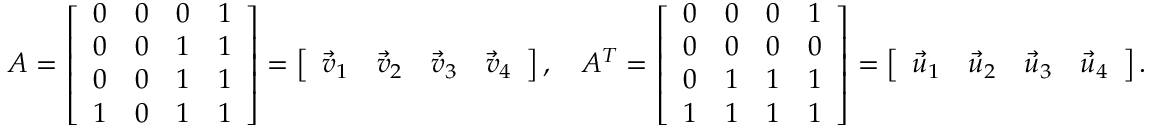
\begin{array} { r } { A = \left[ \begin{array} { l l l l } { 0 } & { 0 } & { 0 } & { 1 } \\ { 0 } & { 0 } & { 1 } & { 1 } \\ { 0 } & { 0 } & { 1 } & { 1 } \\ { 1 } & { 0 } & { 1 } & { 1 } \end{array} \right] = \left[ \begin{array} { l l l l } { \vec { v } _ { 1 } } & { \vec { v } _ { 2 } } & { \vec { v } _ { 3 } } & { \vec { v } _ { 4 } } \end{array} \right] , \ \ \ A ^ { T } = \left[ \begin{array} { l l l l } { 0 } & { 0 } & { 0 } & { 1 } \\ { 0 } & { 0 } & { 0 } & { 0 } \\ { 0 } & { 1 } & { 1 } & { 1 } \\ { 1 } & { 1 } & { 1 } & { 1 } \end{array} \right] = \left[ \begin{array} { l l l l } { \vec { u } _ { 1 } } & { \vec { u } _ { 2 } } & { \vec { u } _ { 3 } } & { \vec { u } _ { 4 } } \end{array} \right] . } \end{array}